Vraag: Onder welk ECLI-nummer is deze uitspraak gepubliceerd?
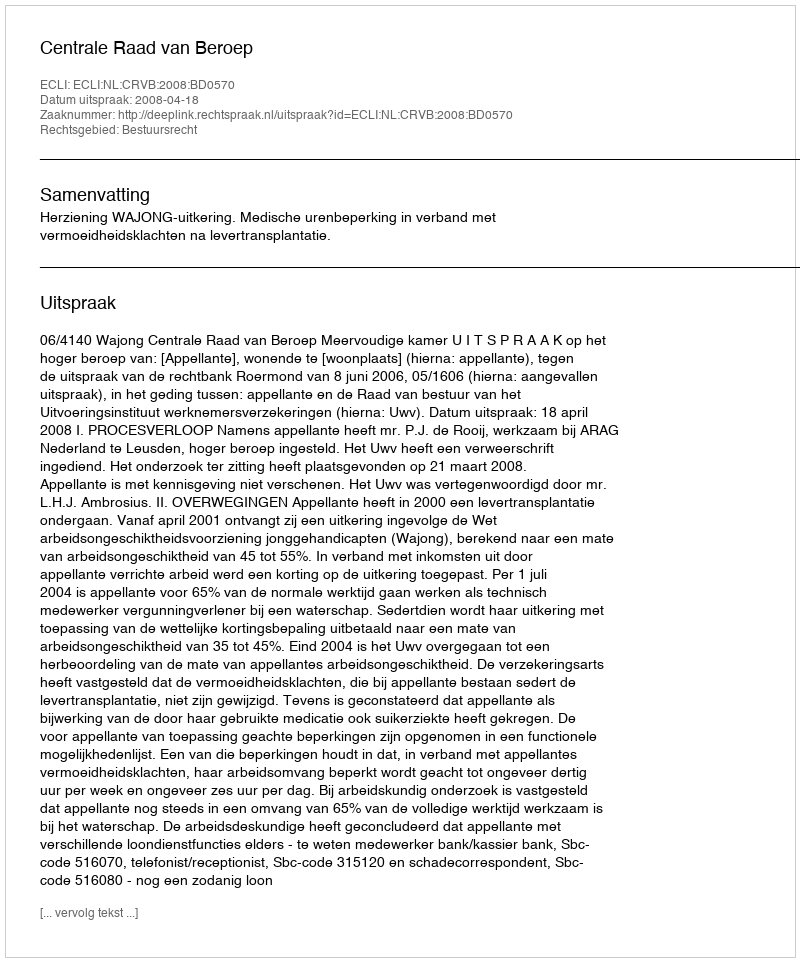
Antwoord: ECLI:NL:CRVB:2008:BD0570